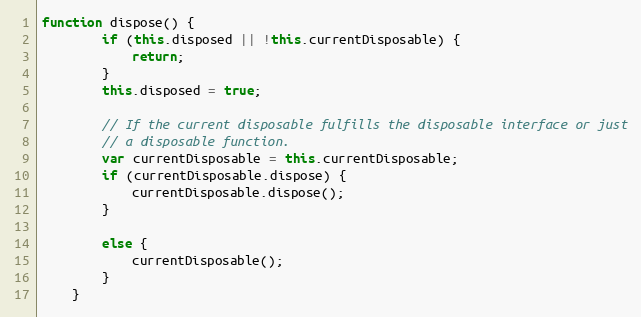
Language: JavaScript
function dispose() {
        if (this.disposed || !this.currentDisposable) {
            return;
        }
        this.disposed = true;

        // If the current disposable fulfills the disposable interface or just
        // a disposable function.
        var currentDisposable = this.currentDisposable;
        if (currentDisposable.dispose) {
            currentDisposable.dispose();
        }

        else {
            currentDisposable();
        }
    }